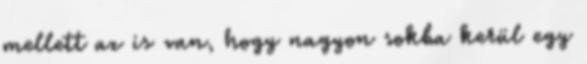
mellett az is van, hogy nagyon sokba kerül egy